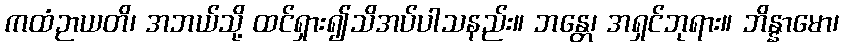
ကထံဉာယတိ၊ အဘယ်သို့ ထင်ရှား၍သိအပ်ပါသနည်း။ ဘန္တေ၊ အရှင်ဘုရား။ ဘိန္နာမော၊